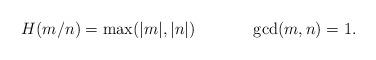
LaTeX: \begin{align*}H(m/n)=\max(|m|,|n|)\hskip 40pt\gcd(m,n)=1.\end{align*}